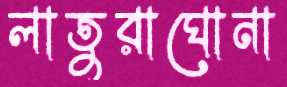
লাতুরাঘোনা